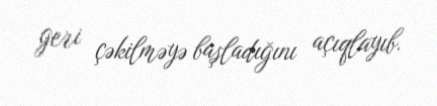
geri çəkilməyə başladığını açıqlayıb.